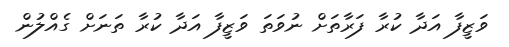
ވަޒީފާ އަދާ ކުރާ ފަރާތަށް ނުވަތަ ވަޒީފާ އަދާ ކުރާ ތަނަށް ގެއްލުން